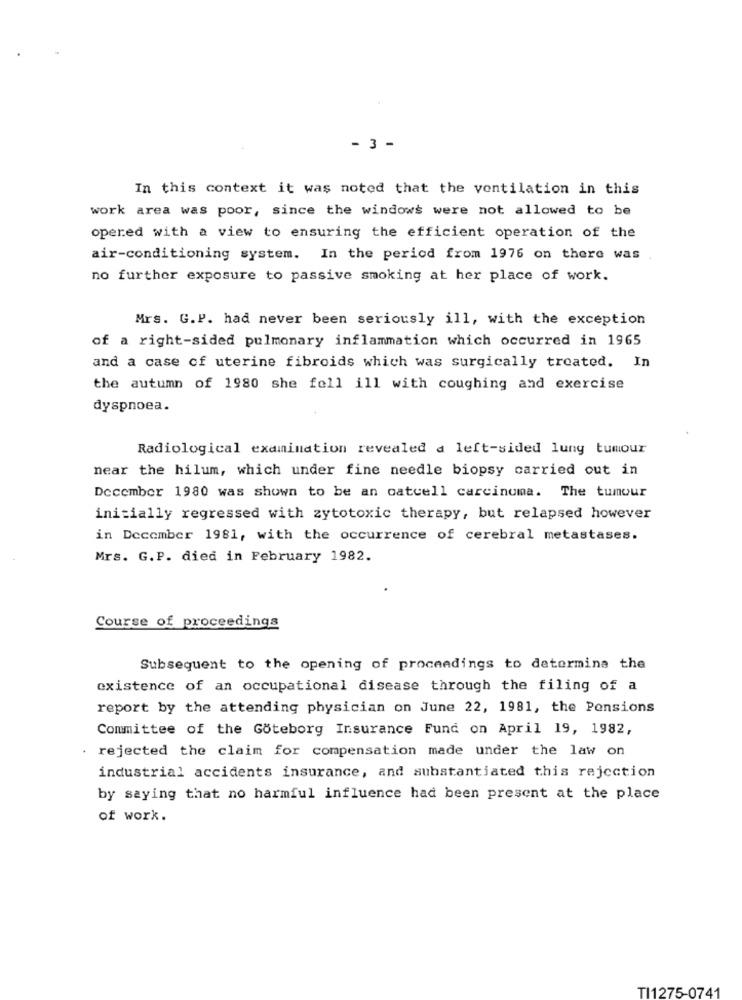
- 3 -
In this context it was noted that the ventilation in this
work area was poor, since the windows were not allowed to be
opered with a view to ensuring the efficient operation of the
air-conditioning system. In the period from 1976 on there was
no further exposure to passive smoking at her place of work.
Mrs. G.P. had never been seriously ill, with the exception
of a right-sided pulmonary inflammation which occurred in 1965
and a case of uterine fibroids which was surgically treated. In
the autumn of 1980 she fell ill with coughing and exercise
dyspnoea.
Radiological examination revealed d left-sided lung tumour
near the hilum, which under fine needle biopsy carried out in
December 1980 was shown to be an catcell carcinoma. The tumour
initially regressed with zytotoxic therapy, but relapsed however
in December 1981, with the occurrence of cerebral metastases.
Mrs. G.P. died in February 1982.
Course of proceedings
Subsequent to the opening of proceedings to determine the
existence of an occupational disease through the filing of a
report by the attending physician on June 22, 1981, the Pensions
Committee of the Göteborg Insurance Fund on April 19, 1982,
. rejected the claim for compensation made under the law on
industrial accidents insurance, and substantiated this rejection
by saying that no harmful influence had been present at the place
of work.
TI1275-0741